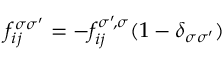
f _ { i j } ^ { \sigma \sigma ^ { \prime } } = - f _ { i j } ^ { \sigma ^ { \prime } \! , \sigma } ( 1 - \delta _ { \sigma \sigma ^ { \prime } } )